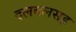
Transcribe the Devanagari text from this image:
दलबलसह